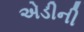
એડીની